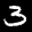
Label: 3